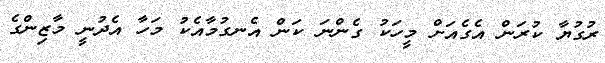
ރުގުޔާ ކުރަން އެގެއަށް މީހަކު ގެންނަ ކަން އެނގުމާއެކު މަހާ އެދުނީ މާޒިންގެ